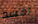
افسد